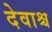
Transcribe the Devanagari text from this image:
देवाश्च